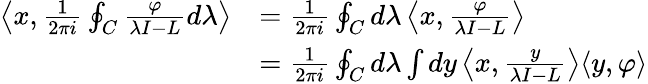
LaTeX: {\begin{array}{rl}{\left\langle x,{\frac{1}{2\pi i}}\oint_{C}{\frac{\varphi}{\lambda I-L}}d\lambda\right\rangle}&{={\frac{1}{2\pi i}}\oint_{C}d\lambda\left\langle x,{\frac{\varphi}{\lambda I-L}}\right\rangle}\\ &{={\frac{1}{2\pi i}}\oint_{C}d\lambda\int dy\left\langle x,{\frac{y}{\lambda I-L}}\right\rangle\langle y,\varphi\rangle}\end{array}}